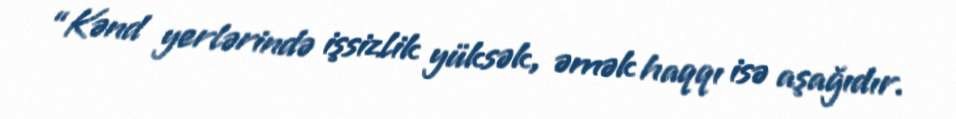
“Kənd yerlərində işsizlik yüksək, əmək haqqı isə aşağıdır.